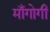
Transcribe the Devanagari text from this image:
माँगोगी